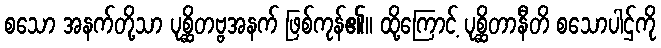
စသော အနက်တို့သာ ပုစ္ဆိတဗ္ဗအနက် ဖြစ်ကုန်၏။ ထို့ကြောင့် ပုစ္ဆိတာနီတိ စသောပါဌ်ကို